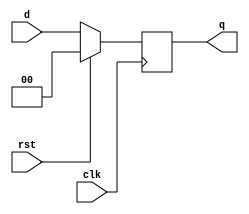
`timescale 1ns / 1ps

module dff2bit (clk,rst,d,q);
  input clk;
  input rst;
  input[1:0] d;
  output reg[1:0] q;

  always @(posedge clk)
		begin
		  if(rst==1) 
			begin
				q<=0;
			end
		  else 
			begin 
				q<=d;
			end
		end

endmodule